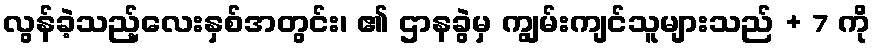
လွန်ခဲ့သည့်လေးနှစ်အတွင်း၊ ၏ ဌာနခွဲမှ ကျွမ်းကျင်သူများသည် + 7 ကို